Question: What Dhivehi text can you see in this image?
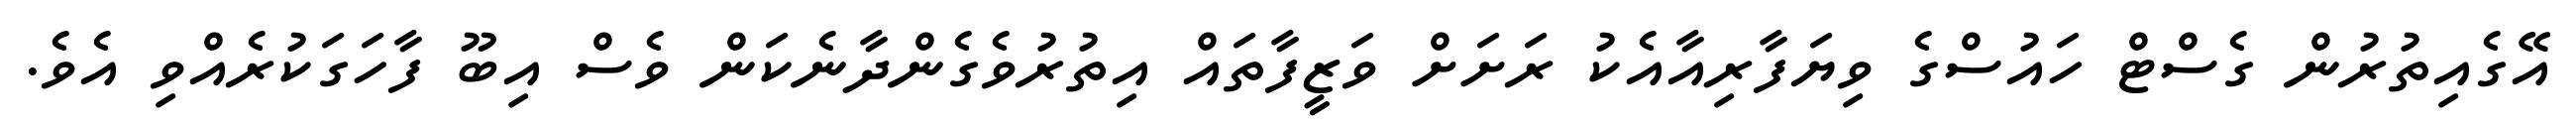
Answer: އޭގެއިތުރުން ގެސްޓް ހައުސްގެ ވިޔަފާރިއާއެކު ރަށަށް ވަޒީފާތައް އިތުރުވެގެންދާނެކަން ވެސް އިބޫ ފާހަގަކުރެއްވި އެވެ.